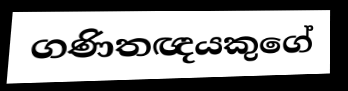
ගණිතඥයකුගේ